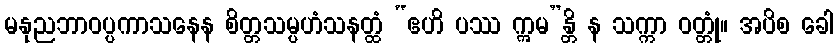
မနုညဘာဝပ္ပကာသနေန စိတ္တသမ္ပဟံသနတ္ထံ “ဧဟိ ပဿ ဣမ”န္တိ န သက္ကာ ဝတ္တုံ။ အပိစ ခေါ